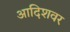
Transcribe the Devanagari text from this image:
आदिशवर